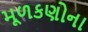
મૂળકણોના